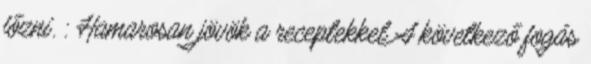
főzni. : Hamarosan jövök a receptekkel A következő fogás